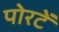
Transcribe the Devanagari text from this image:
पोरटें